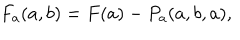
LaTeX: F _ { a } ( a , b ) = F ( a ) - P _ { a } ( a , b , a ) ,